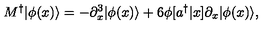
M ^ { \dagger } | \phi ( x ) \rangle = - \partial _ { x } ^ { 3 } | \phi ( x ) \rangle + 6 \phi [ a ^ { \dagger } | x ] \partial _ { x } | \phi ( x ) \rangle ,